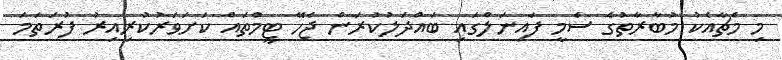
މި މެޗާއެކު މުބާރާތުގެ ސެމީ ފައިނަލްގައި ބައްދަލުކުރަން ޖެހޭ ޓީމްތައް ކަށަވަރުކުރިއިރު ފުރަތަމަ